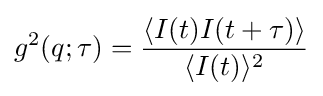
g^{2}(q;\tau )={\frac {\langle I(t)I(t+\tau )\rangle }{\langle I(t)\rangle ^{2}}}